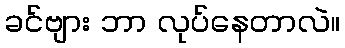
ခင်ဗျား ဘာ လုပ်နေတာလဲ။